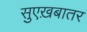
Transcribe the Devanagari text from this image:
सुएख़बातर